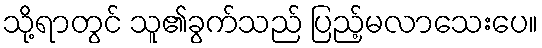
သို့ရာတွင် သူ၏ခွက်သည် ပြည့်မလာသေးပေ။